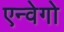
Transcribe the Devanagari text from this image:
एन्वेगो